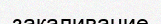
закаливание